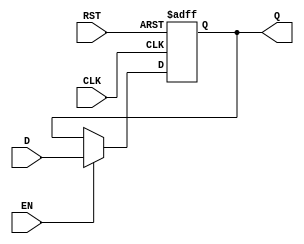
module output_register #(
    parameter WIDTH = 8     // Parameter to set the bit-width of the register
) (
    input wire [WIDTH-1:0] D,   // Data input
    input wire CLK,              // Clock input
    input wire RST,              // Reset input
    input wire EN,               // Enable input
    output reg [WIDTH-1:0] Q     // Data output
);

// Asynchronous reset
always @(posedge CLK or posedge RST) begin
    if (RST) begin
        Q <= {WIDTH{1'b0}}; // Reset the register to 0
    end else if (EN) begin
        Q <= D; // Capture input data on clock edge if enabled
    end
    // If RST is not asserted and EN is not asserted,
    // Q retains its previous value.
end

endmodule